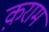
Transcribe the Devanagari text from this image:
क़राम